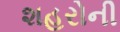
શહરોની